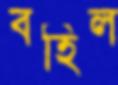
বহিল